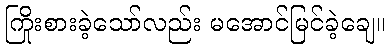
ကြိုးစားခဲ့သော်လည်း မအောင်မြင်ခဲ့ချေ။